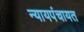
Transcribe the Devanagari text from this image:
न्यायपंचायत